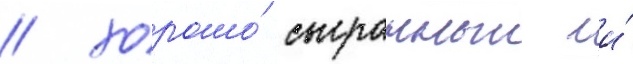
/ хорошо́ сыгранныи и́